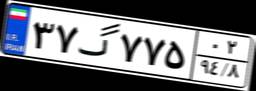
۳۷گ۷۷۵۰۲